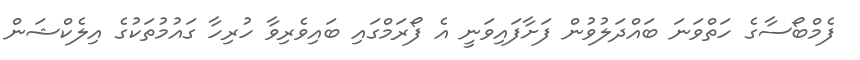
ފެމްބޯސާގެ ހަތްވަނަ ބައްދަލުވުން ފަށާފައިވަނީ އެ ފޯރަމްގައި ބައިވެރިވާ ހުރިހާ ގައުމުތަކުގެ އިލެކްޝަން